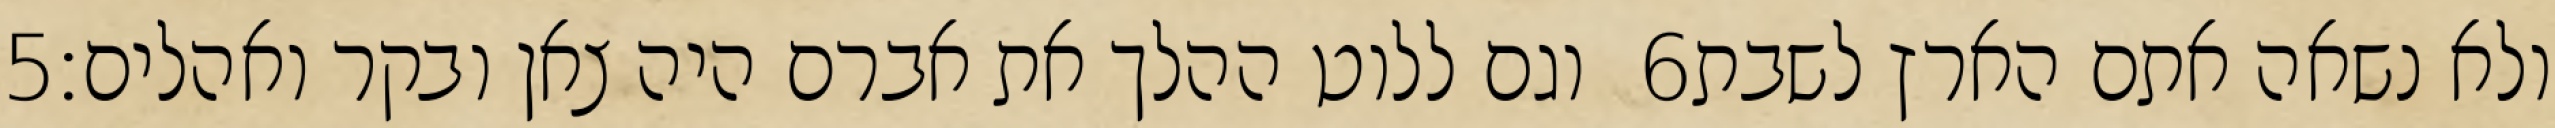
‎5‏ וגם ללוט ההלך את אברם היה צאן ובקר ואהלים׃ ‎6‏ ולא נשאה אתם הארץ לשבת